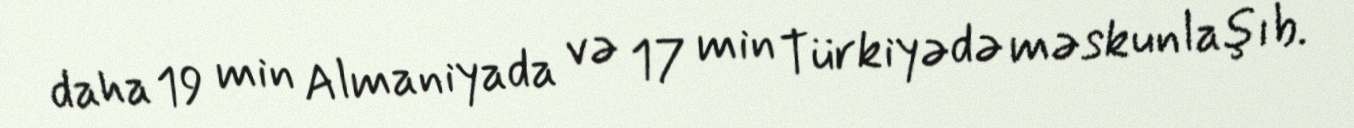
daha 19 min Almaniyada və 17 min Türkiyədə məskunlaşıb.